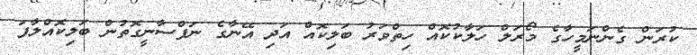
ކުރަން ގެންނަމީހާގެ މޯރަލް ހަލާކުކޮއް ހިތްވަރު ބަލިކޮއް އަދި އޭނާގެ ނަފްސާނީގޮތުން ބަލިކޮއްލާފަ